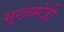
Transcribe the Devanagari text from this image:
मुख्य्मंत्री